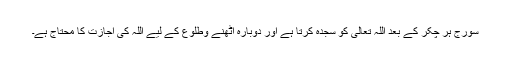
سورج ہر چکر کے بعد اللہ تعالی کو سجدہ کرتا ہے اور دوبارہ اٹھنے وطلوع کے لیے اللہ کی اجازت کا محتاج ہے۔